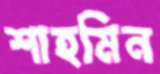
শাহমিন